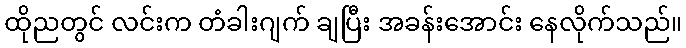
ထိုညတွင် လင်းက တံခါးဂျက် ချပြီး အခန်းအောင်း နေလိုက်သည်။